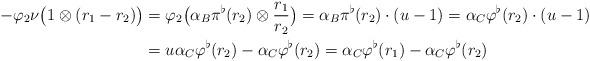
LaTeX: \begin{align*}-\varphi_2\nu\big(1\otimes(r_1-r_2)\big)&=\varphi_2\big(\alpha_B\pi^\flat(r_2)\otimes\frac{r_1}{r_2}\big)=\alpha_B\pi^\flat(r_2)\cdot(u-1)=\alpha_C\varphi^\flat(r_2)\cdot(u-1) \\&=u\alpha_C\varphi^\flat(r_2)-\alpha_C\varphi^\flat(r_2)=\alpha_C\varphi^\flat(r_1)-\alpha_C\varphi^\flat(r_2)\end{align*}